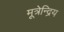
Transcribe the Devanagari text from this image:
मूत्रेन्द्रिय